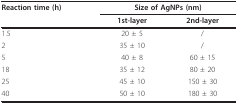
<table><thead><tr><td><b>Reaction time (h)</b></td><td colspan="2"><b>Size of AgNPs (nm)</b></td></tr><tr><td></td><td><b>1st-layer</b></td><td><b>2nd-layer</b></td></tr></thead><tbody><tr><td>1.5</td><td>20 ± 5</td><td>/</td></tr><tr><td>2</td><td>35 ± 10</td><td>/</td></tr><tr><td>5</td><td>40 ± 8</td><td>60 ± 15</td></tr><tr><td>18</td><td>35 ± 12</td><td>80 ± 20</td></tr><tr><td>25</td><td>45 ± 10</td><td>150 ± 30</td></tr><tr><td>40</td><td>50 ± 10</td><td>180 ± 30</td></tr></tbody></table>